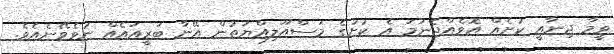
ވީމާ ޖިނާއީ ކުށެއް އޮވެއްޖެނަމަ އެ ކުށުގެ މަސްއޫލިއްޔަތުން އޭނާ ބަރީއައެއް ނުވެވޭނެއެވެ.